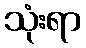
သုံးရာ